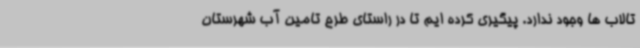
تالاب ها وجود ندارد. پیگیری کرده ایم تا در راستای طرح تامین آب شهرستان